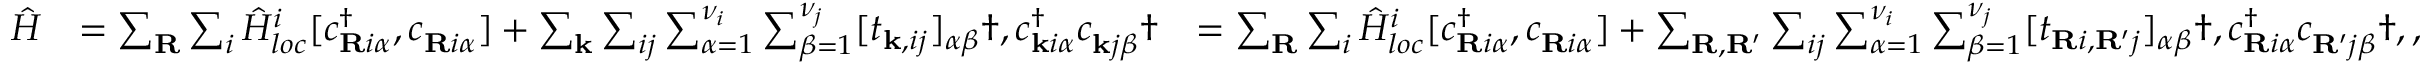
\begin{array} { r l r } { \hat { H } } & { = \sum _ { \mathbf { R } } \sum _ { i } \hat { H } _ { l o c } ^ { i } [ c _ { \mathbf { R } i \alpha } ^ { \dagger } , c _ { \mathbf { R } i \alpha } ^ { \phantom { \dagger } } ] + \sum _ { \mathbf { k } } \sum _ { i j } \sum _ { \alpha = 1 } ^ { \nu _ { i } } \sum _ { \beta = 1 } ^ { \nu _ { j } } [ t _ { \mathbf { k } , i j } ] _ { \alpha \beta } \dag , c _ { \mathbf { k } i \alpha } ^ { \dagger } c _ { \mathbf { k } j \beta } ^ { \phantom { \dagger } } \dag } & { = \sum _ { \mathbf { R } } \sum _ { i } \hat { H } _ { l o c } ^ { i } [ c _ { \mathbf { R } i \alpha } ^ { \dagger } , c _ { \mathbf { R } i \alpha } ^ { \phantom { \dagger } } ] + \sum _ { \mathbf { R } , \mathbf { R ^ { \prime } } } \sum _ { i j } \sum _ { \alpha = 1 } ^ { \nu _ { i } } \sum _ { \beta = 1 } ^ { \nu _ { j } } [ t _ { \mathbf { R } i , \mathbf { R ^ { \prime } } j } ] _ { \alpha \beta } \dag , c _ { \mathbf { R } i \alpha } ^ { \dagger } c _ { \mathbf { R ^ { \prime } } j \beta } ^ { \phantom { \dagger } } \dag , , } \end{array}